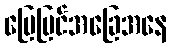
မြေပြင်အခြေအနေ